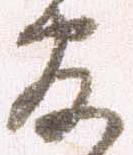
官